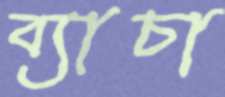
ব্যাচা